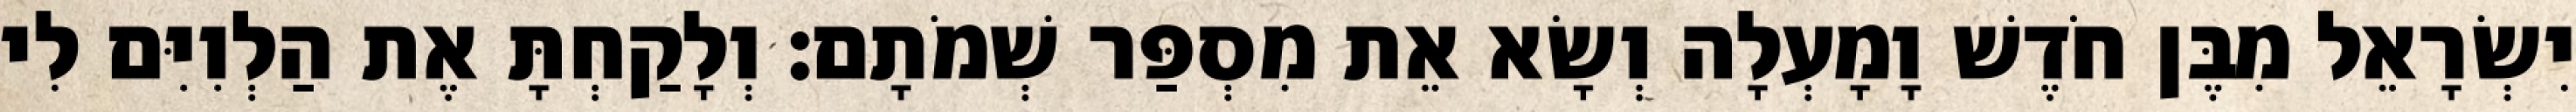
יִשְׂרָאֵל מִבֶּן חֹדֶשׁ וָמָעְלָה וְשָׂא אֵת מִסְפַּר שְׁמֹתָם׃ וְלָקַחְתָּ אֶת הַלְוִיִּם לִי